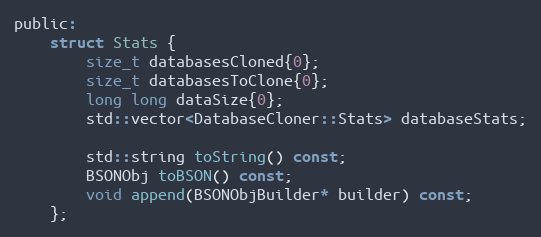
Language: C
public:
    struct Stats {
        size_t databasesCloned{0};
        size_t databasesToClone{0};
        long long dataSize{0};
        std::vector<DatabaseCloner::Stats> databaseStats;

        std::string toString() const;
        BSONObj toBSON() const;
        void append(BSONObjBuilder* builder) const;
    };